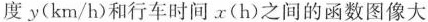
度y(km/h)和行车时间x(h)之间的函数图像大